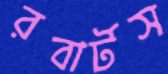
রবার্টস